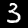
Digit: 3